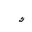
Letter: _kaf